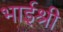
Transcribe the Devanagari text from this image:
भाईश्री